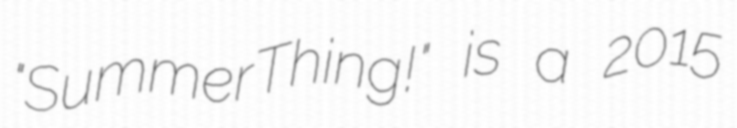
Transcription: "SummerThing!" is a 2015